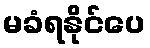
မခံရနိုင်ပေ